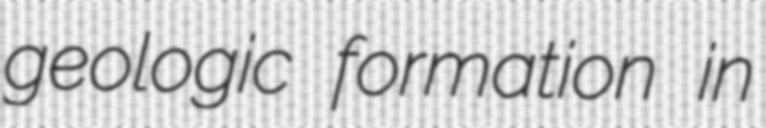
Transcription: geologic formation in